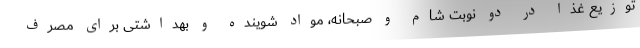
توزیع غذا در دو نوبت شام و صبحانه، مواد شوینده و بهداشتی برای مصرف